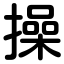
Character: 操